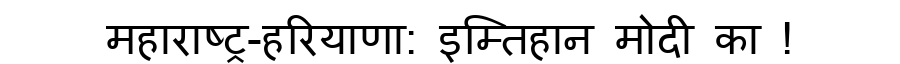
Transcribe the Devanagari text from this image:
महाराष्ट्र-हरियाणा: इम्तिहान मोदी का !